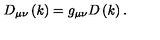
D _ { \mu \nu } \left( k \right) = g _ { \mu \nu } D \left( k \right) .